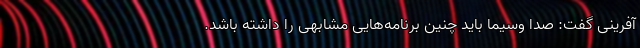
آفرینی گفت: صدا وسیما باید چنین برنامه‌هایی مشابهی را داشته باشد.